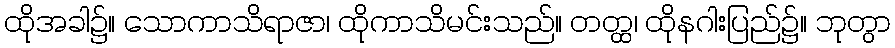
ထိုအခါ၌။ သောကာသိရာဇာ၊ ထိုကာသိမင်းသည်။ တတ္ထ၊ ထိုနဂါးပြည်၌။ ဘုတွာ